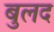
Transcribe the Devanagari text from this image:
बुलद